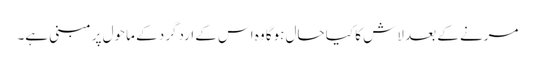
مرنے کے بعد لاش کا کیا حال ہوگا وہ اس کے اردگرد کے ماحول پر مبنی ہے۔